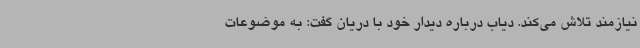
نیازمند تلاش می‌کند. دیاب درباره دیدار خود با دریان گفت: به موضوعات